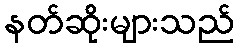
နတ်ဆိုးများသည်